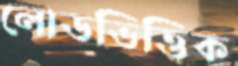
লোডভিত্তিক